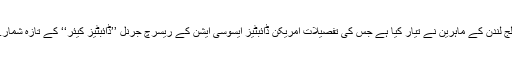
یہ انجکشن امپیریل کالج لندن کے ماہرین نے تیار کیا ہے جس کی تفصیلات امریکن ڈائبٹیز ایسوسی ایشن کے ریسرچ جرنل ’’ڈائبٹیز کیئر‘‘ کے تازہ شمارے میں شائع ہوئی ہیں۔